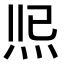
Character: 𤇐